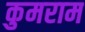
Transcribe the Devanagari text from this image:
कुमराम